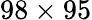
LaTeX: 98\times 95